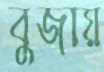
বুজায়